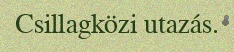
Csillagközi utazás.